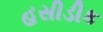
હસીડીક